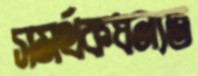
সমর্থকধন্যত